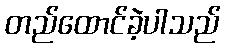
တည်ထောင်ခဲ့ပါသည်